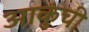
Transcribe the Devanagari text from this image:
आकुंची